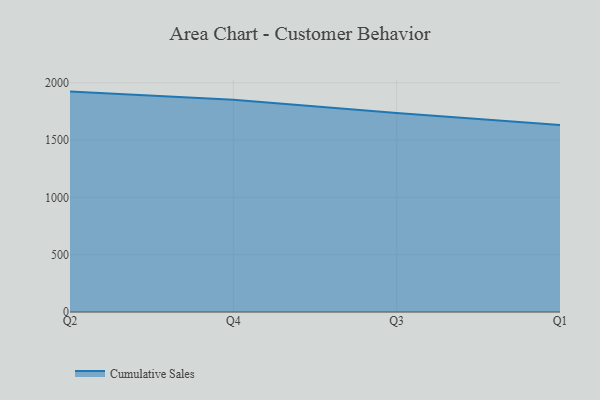
{"axis": {"x": "Quarter", "y": "Budget (USD K)"}, "legend": ["Cumulative Sales"], "data": [{"x": "Q2", "y": 1922.7, "type": "Cumulative Sales"}, {"x": "Q4", "y": 1851.2, "type": "Cumulative Sales"}, {"x": "Q3", "y": 1735.5, "type": "Cumulative Sales"}, {"x": "Q1", "y": 1630.4, "type": "Cumulative Sales"}]}